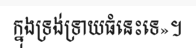
ក្នុងទ្រង់ទ្រាយធំនេះទេ»។